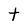
Character: t